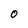
Character: 0